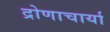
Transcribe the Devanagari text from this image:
द्रोणाचार्या